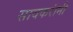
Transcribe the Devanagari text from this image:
सावकरांनी